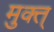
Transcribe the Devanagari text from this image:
मुक्त्